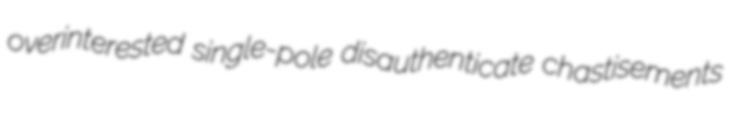
overinterested single-pole disauthenticate chastisements